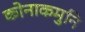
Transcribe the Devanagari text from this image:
कोनाकमुनि